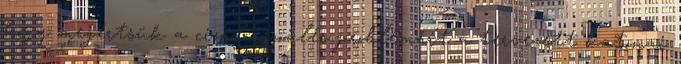
hogy megértsük a civil repülés problémáit a tervezett katonai